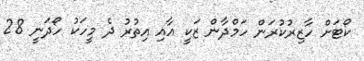
ކޯޓަށް ހާޒިރުކުރަން ހަމްދާން ޒަކީ އާއި އިތުރު ދެ މީހަކު ހޯދަނީ 28